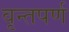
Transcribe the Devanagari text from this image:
वृन्तपर्ण